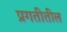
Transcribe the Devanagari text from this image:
प्रगतीतील